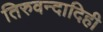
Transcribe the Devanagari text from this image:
तिरुवन्दादिही